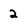
Character: 2